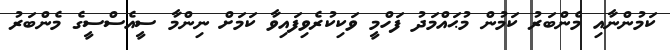
ކަމުންނާއި މެންބަރު ކަމުން މުޙައްމަދު ފަހްމީ ވަކިކުރެވިފައިވާ ކަމަށް ނިންމާ ސީއެސްސީގެ މެންބަރު